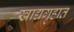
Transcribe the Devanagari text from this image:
खाद्यगृहात